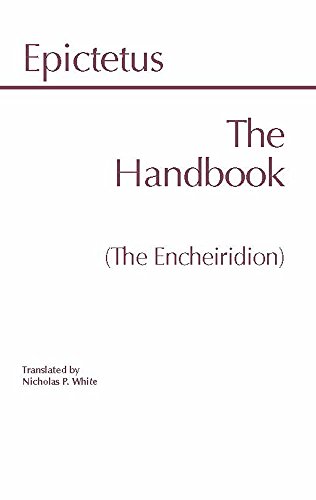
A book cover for The Handbook (The Encheiridion) (Hackett Classics); Epictetus; Politics & Social Sciences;